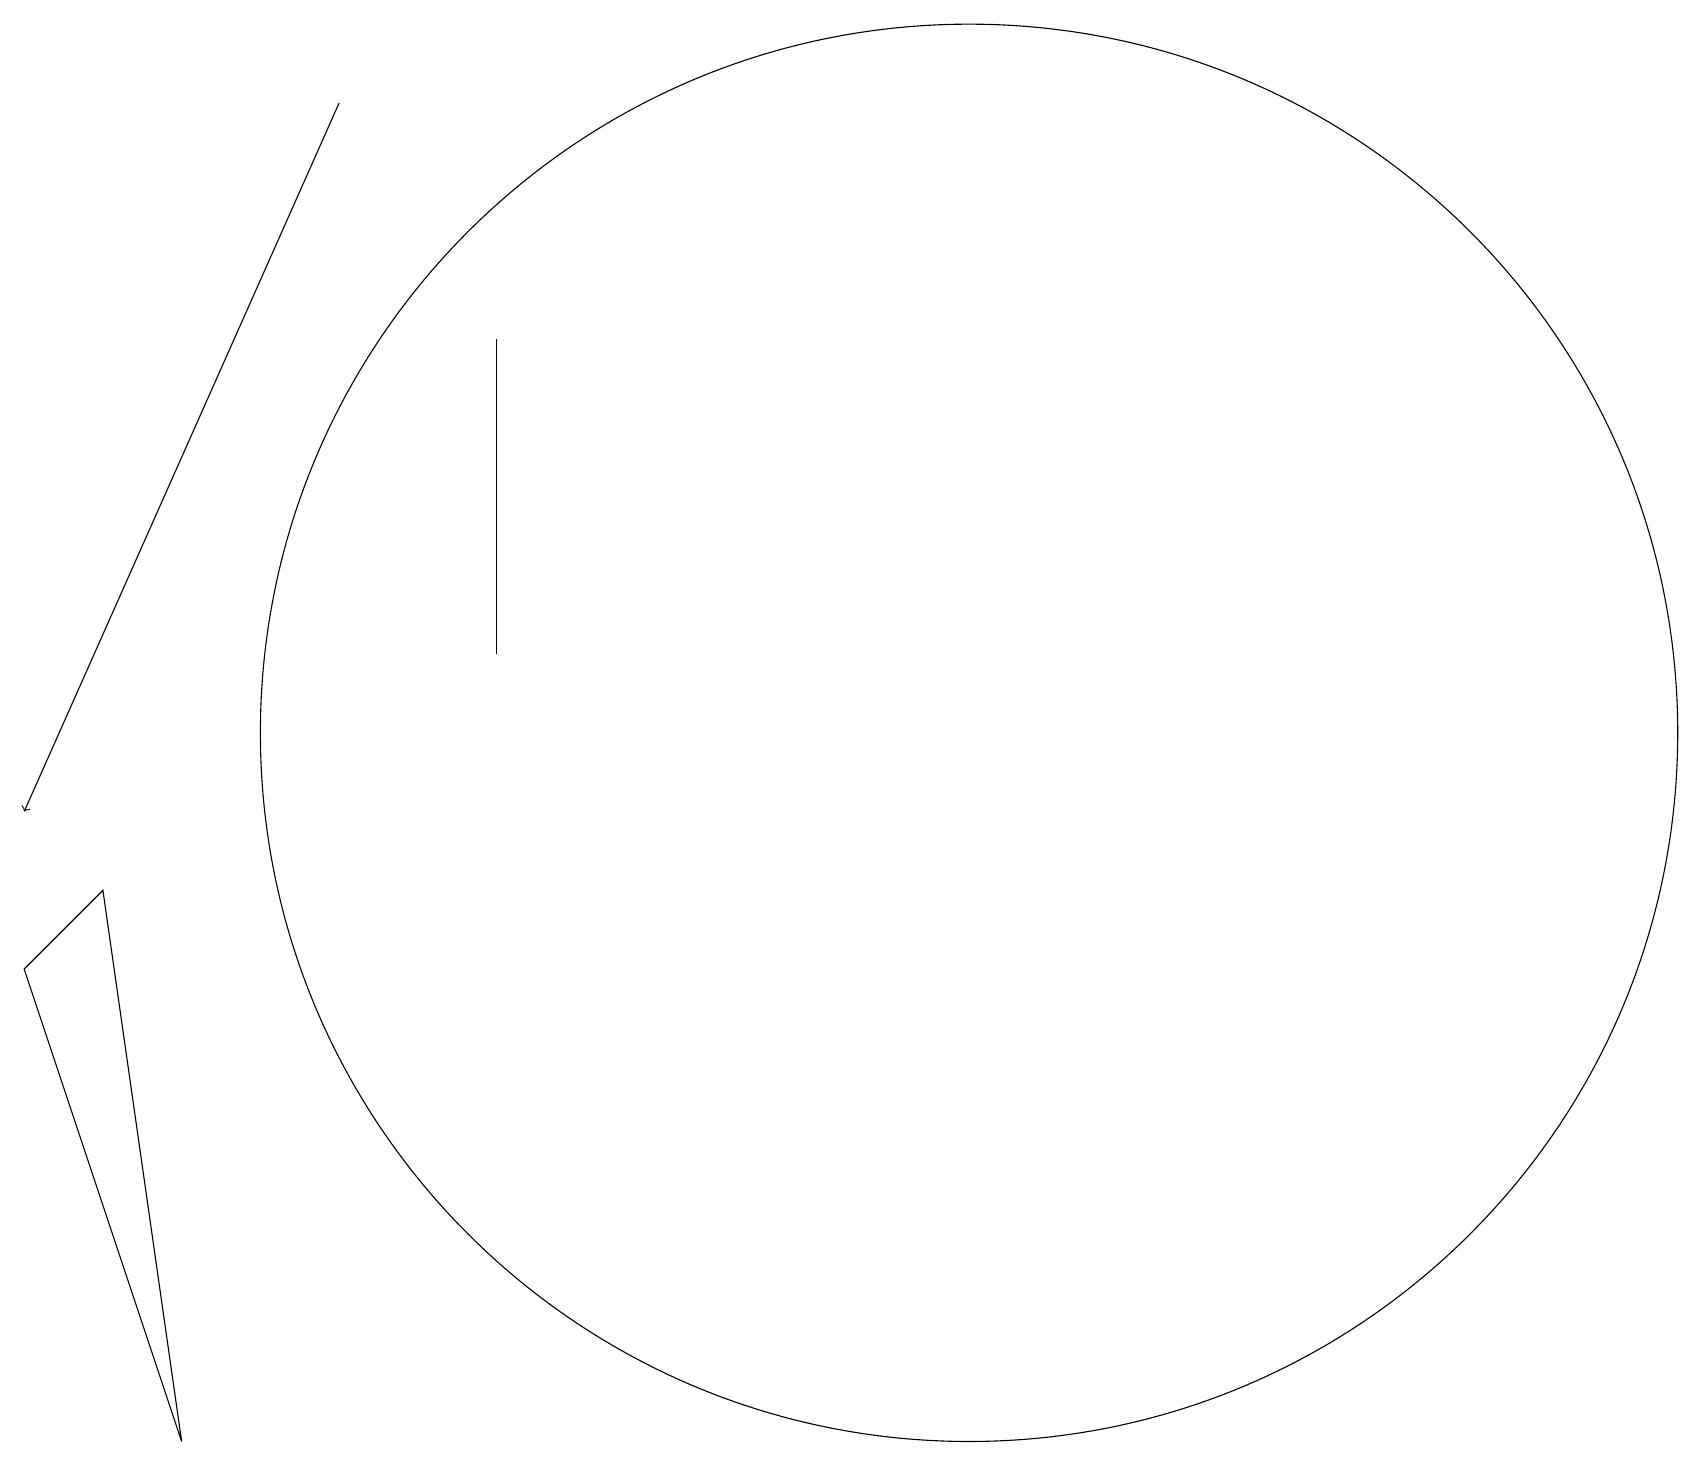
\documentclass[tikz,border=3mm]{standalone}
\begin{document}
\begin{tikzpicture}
\draw (1,9) -- (0,8) -- (2,2) -- cycle;
\draw (6,16) rectangle (6,12);
\draw (12,11) circle (9);
\draw[->] (4,19) -- (0,10);
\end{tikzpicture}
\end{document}